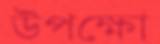
উপক্ষো